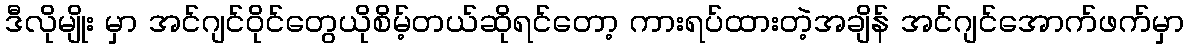
ဒီလိုမျိုး မှာ အင်ဂျင်ဝိုင်တွေယိုစိမ့်တယ်ဆိုရင်တော့ ကားရပ်ထားတဲ့အချိန် အင်ဂျင်အောက်ဖက်မှာ